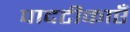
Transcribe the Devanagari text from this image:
पादटीकाएँ